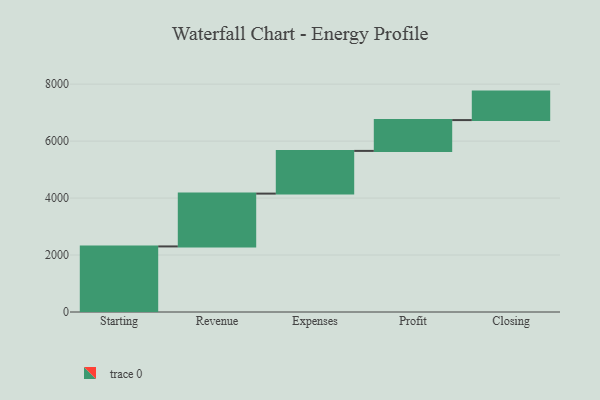
{"axis": {"x": "Step", "y": "Value"}, "legend": [""], "data": [{"x": "Starting", "y": 2302.0, "type": ""}, {"x": "Revenue", "y": 1855.0, "type": ""}, {"x": "Expenses", "y": 1499.0, "type": ""}, {"x": "Profit", "y": 1082.0, "type": ""}, {"x": "Closing", "y": 1000, "type": ""}]}